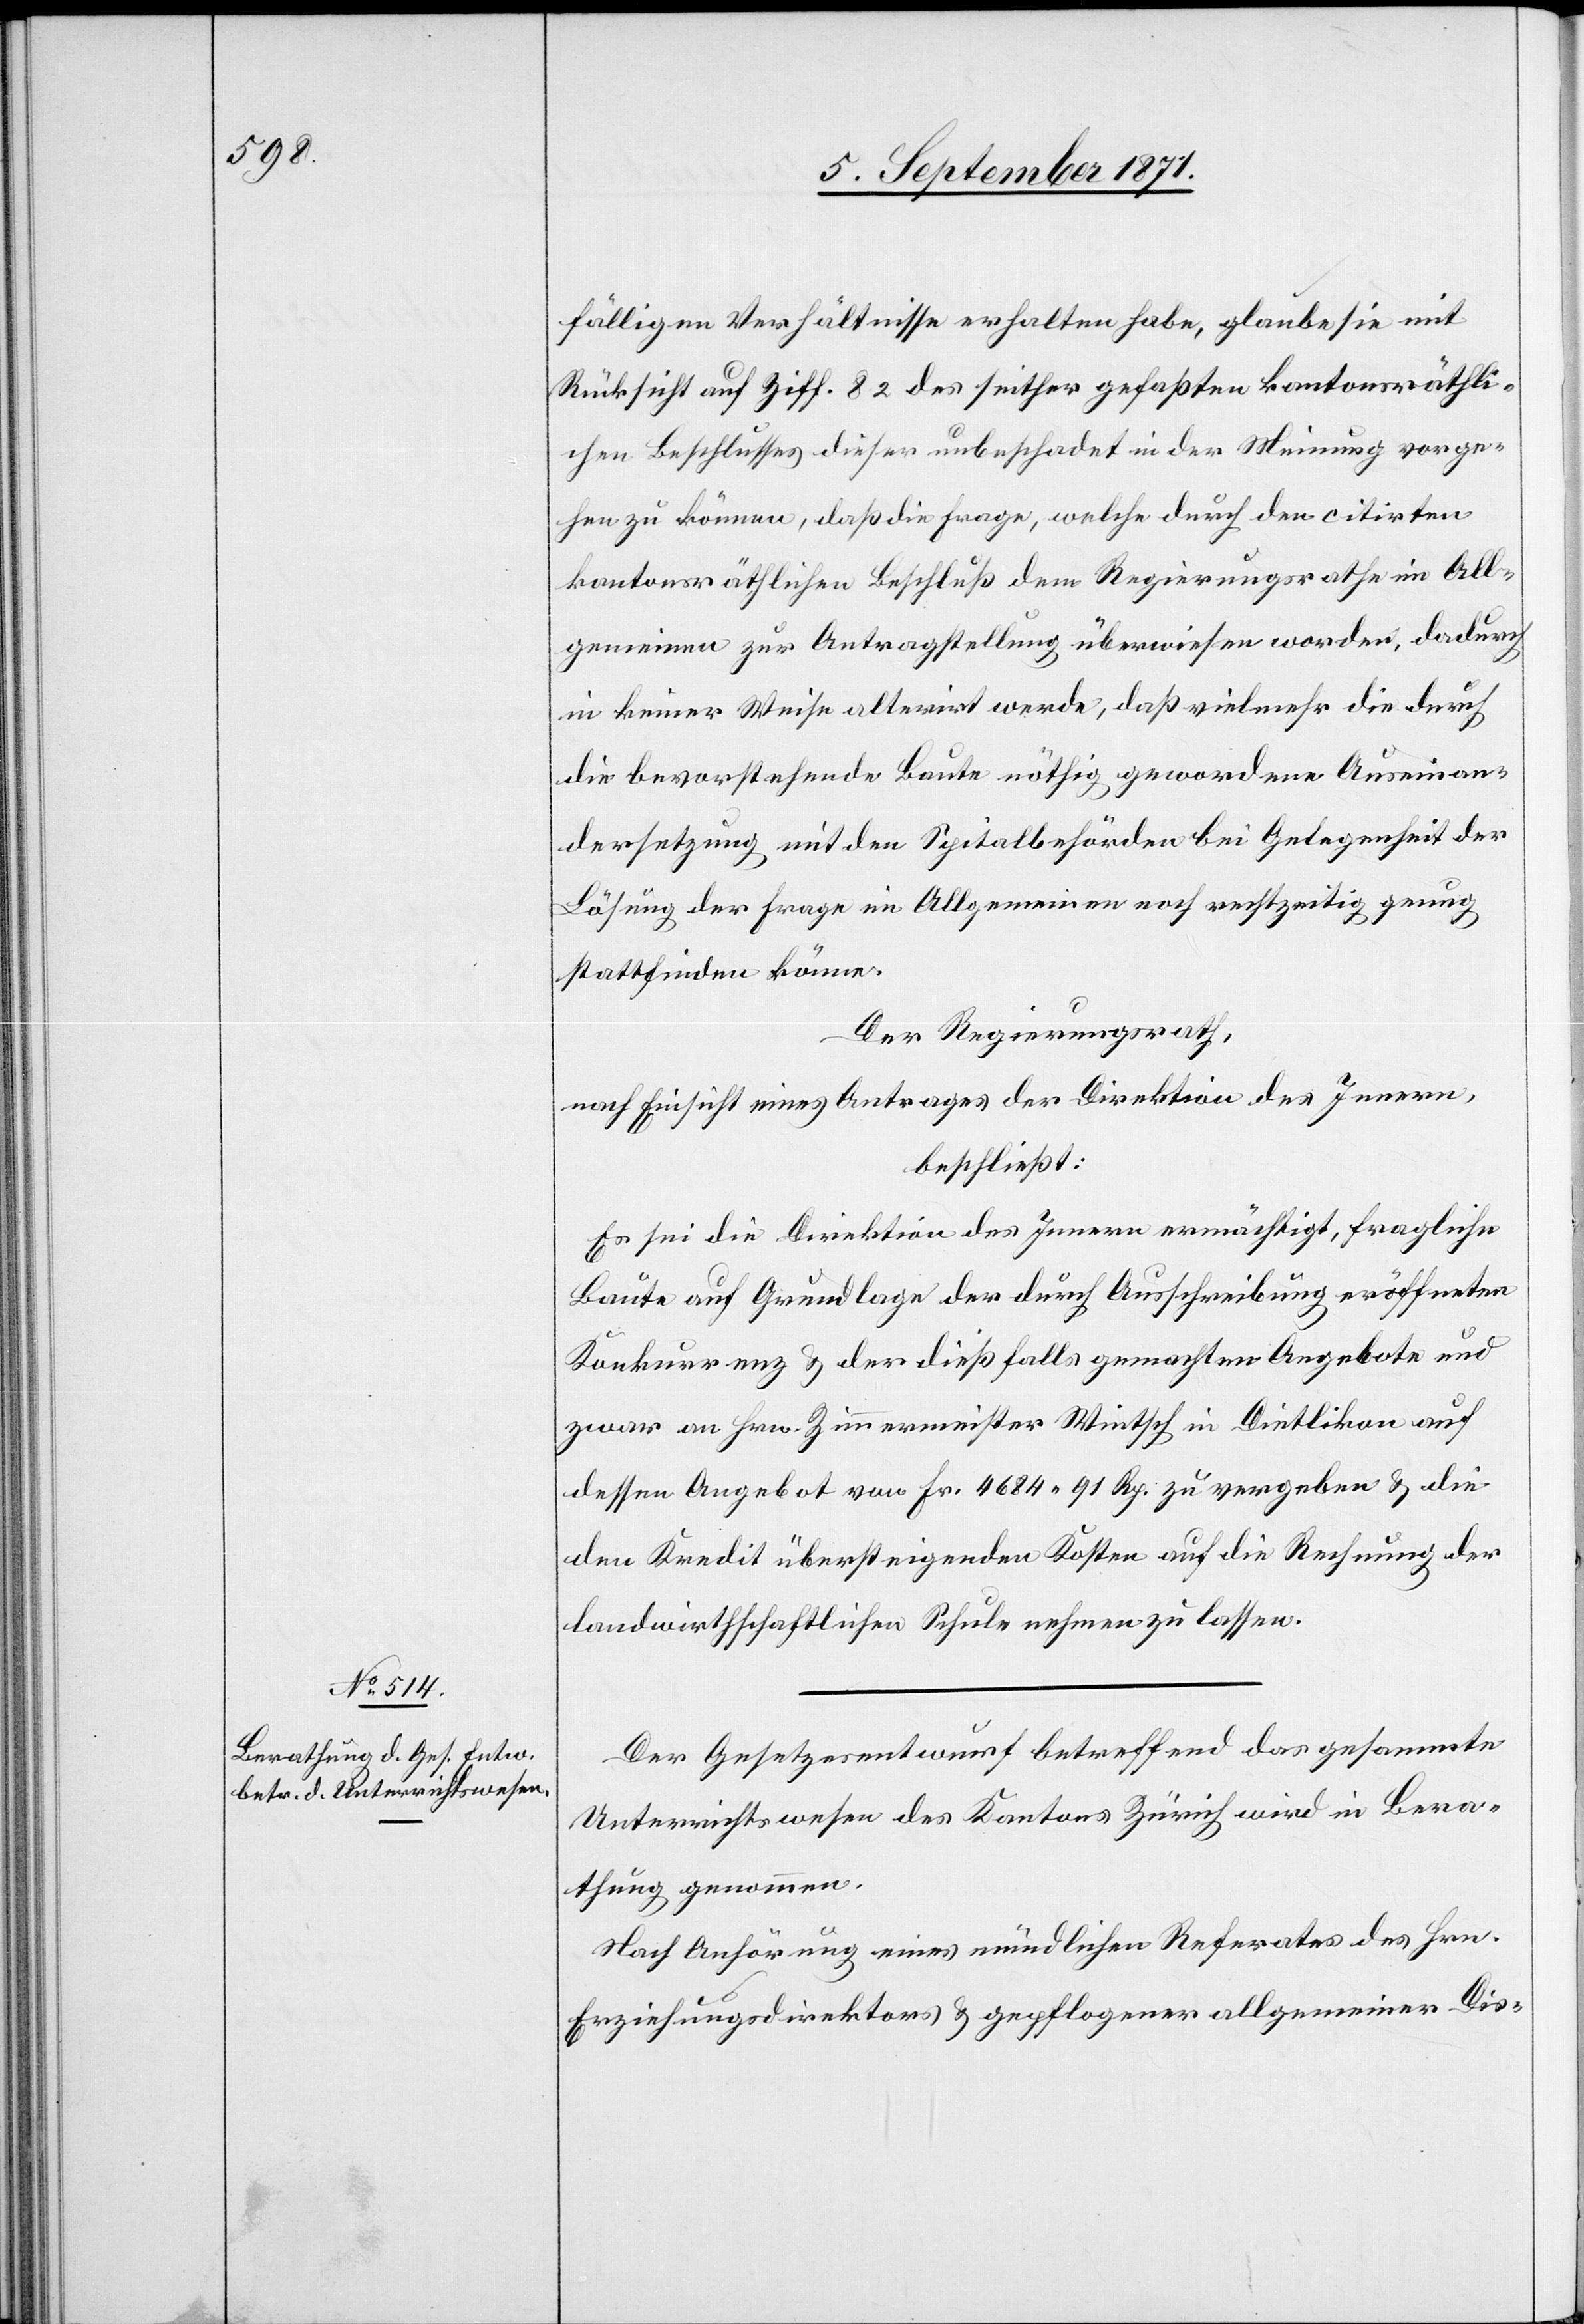
fälligen Verhältnisse erhalten habe, glaube sie mit
Rücksicht auf Ziff. 82 des seither gefaßten kantonsräthli¬
chen Beschlusses dieser unbeschadet in der Meinung vorge¬
hen zu können, daß die Frage, welche durch den citirten
kantonsräthlichen Beschluß dem Regierungsrathe im All¬
gemeinen zur Antragstellung überwiesen worden, dadurch
in keiner Weise alterirt werde, daß vielmehr die durch
die bevorstehende Baute nöthig gewordene Auseinan¬
dersetzung mit den Spitalbehörden bei Gelegenheit der
Lösung der Frage im Allgemeinen noch rechtzeitig genug
stattfinden könne.
Der Regierungsrath,
nach Einsicht eines Antrages der Direktion des Innern,
beschließt:
Es sei die Direktion des Innern ermächtigt, fragliche
Baute auf Grundlage der durch Ausschreibung eröffneten
Konkurrenz & der dießfalls gemachten Angebote und
zwar an Hrn. Zimmermeister Wietsch in Dietlikon auf
dessen Angebote von Fr. 4684. 91 Rp. zu vergeben & die
den Kredit übersteigenden Kosten auf die Rechnung der
landwirtschaftlichen Schule nehmen zu lassen.
Der Gesetzesentwurf betreffend das gesammte
Unterrichtswesen des Kantons Zürich wird in Bera¬
thung genommen.
Nach Anhörung eines mündlichen Referates des Hrn.
Erziehungsdirektors & gepflogener allgemeiner Dis-